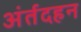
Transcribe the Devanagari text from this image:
अंर्तदहन